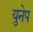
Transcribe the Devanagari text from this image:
युनेप